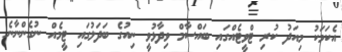
އެކަމަކު މިއަދު ކުރި ޓްވީޓެއްގައި ބައްސާމް ވިދާޅުވީ ނިއުގެ ބަދަލުގައި ޓީމެއް ނުގެންނާނެ